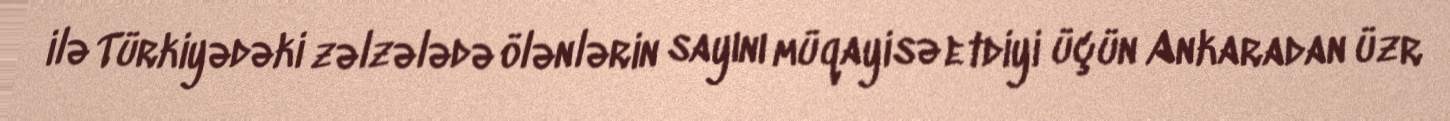
ilə Türkiyədəki zəlzələdə ölənlərin sayını müqayisə etdiyi üçün Ankaradan üzr